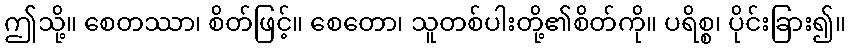
ဤသို့။ စေတဿာ၊ စိတ်ဖြင့်။ စေတော၊ သူတစ်ပါးတို့၏စိတ်ကို။ ပရိစ္စ၊ ပိုင်းခြား၍။